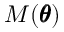
M ( \pmb \theta )